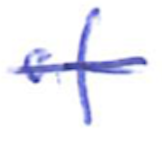
Text: of
Cross-out: mix
Writing tool: ballpoint